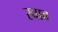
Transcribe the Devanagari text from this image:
रवाव